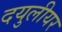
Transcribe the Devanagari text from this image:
दयुलीयर